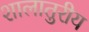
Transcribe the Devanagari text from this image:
शालातुरीय